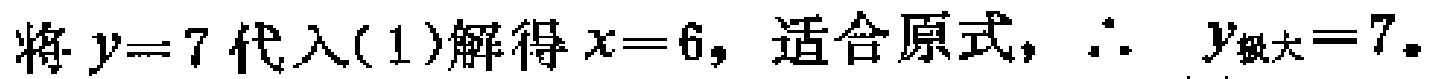
将 \(y = 7\) 代入(1)解得 \(x = 6\)，适合原式，\(\therefore\) \(y_{极大}=7\)。